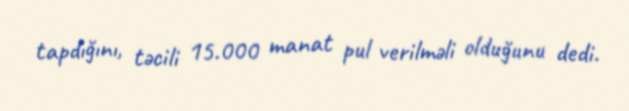
tapdığını, təcili 15.000 manat pul verilməli olduğunu dedi.